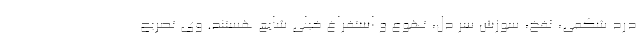
درد شکمی، نفخ، سوزش سر دل، تهوع و استفراغ خیلی شایع هستند. وی تصریح